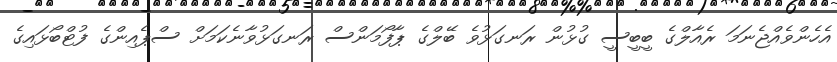
އެހެންވެއްޖެނަމަ ރެއާލްގެ ބީބީސީ ގުޅުން ރަނގަޅުވެ ބޭލްގެ ޕާފޯމަންސް ރަނގަޅުވާނެކަމަށް ސްޕެއިންގެ ފުޓްބޯޅައިގެ